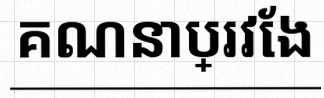
គណនាប្រវែង